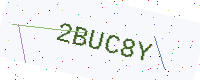
Text: 2BUC8Y